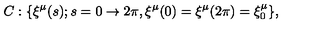
C : \{ \xi ^ { \mu } ( s ) ; s = 0 \rightarrow 2 \pi , \xi ^ { \mu } ( 0 ) = \xi ^ { \mu } ( 2 \pi ) = \xi _ { 0 } ^ { \mu } \} ,